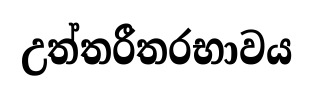
උත්තරීතරභාවය